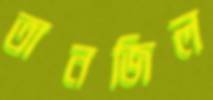
তানজিল